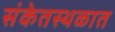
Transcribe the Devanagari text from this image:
संकेतस्थळात